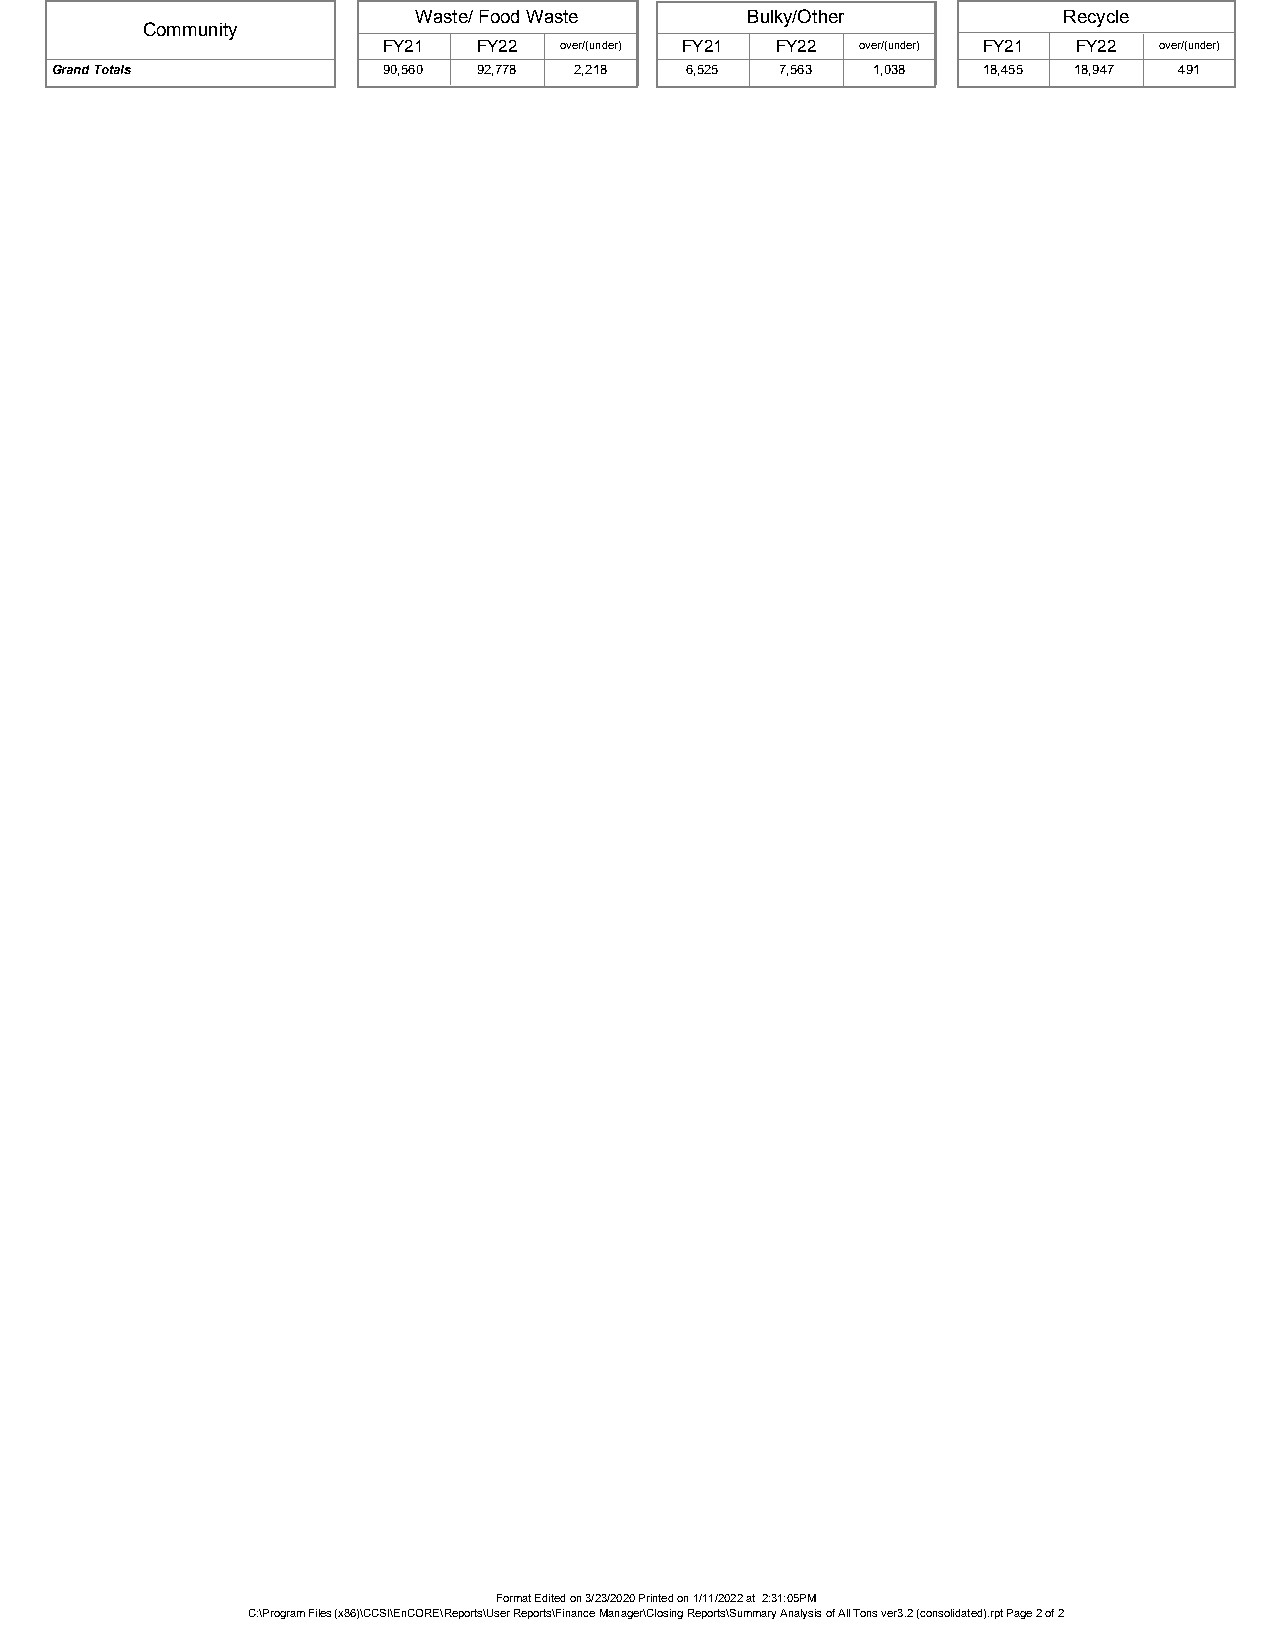
Waste/ Food Waste     Bulky/Other          Recycle
 Community
 FY21   FY22 over/(under) FY21 FY22 over/(under) FY21 FY22 over/(under)
 Grand Totals          90,560 92,778 2,218 6,525  7,563 1,038  18,455 18,947 491
 Format Edited on 3/23/2020 Printed on 1/11/2022 at 2:31:05PM
 C:\Program Files (x86)\CCSI\EnCORE\Reports\User Reports\Finance Manager\Closing Reports\Summary Analysis of All Tons ver3.2 (consolidated).rpt Page 2 of 2